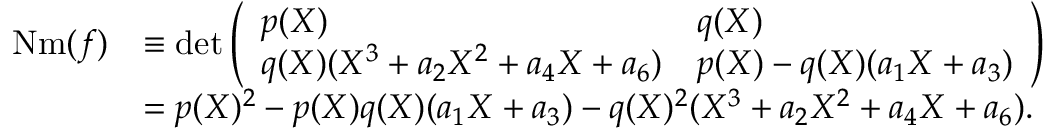
\begin{array} { r l } { \mathrm { N m } ( f ) } & { \equiv \operatorname* { d e t } \left( \begin{array} { l l } { p ( X ) } & { q ( X ) } \\ { q ( X ) ( X ^ { 3 } + a _ { 2 } X ^ { 2 } + a _ { 4 } X + a _ { 6 } ) } & { p ( X ) - q ( X ) ( a _ { 1 } X + a _ { 3 } ) } \end{array} \right) } \\ & { = p ( X ) ^ { 2 } - p ( X ) q ( X ) ( a _ { 1 } X + a _ { 3 } ) - q ( X ) ^ { 2 } ( X ^ { 3 } + a _ { 2 } X ^ { 2 } + a _ { 4 } X + a _ { 6 } ) . } \end{array}